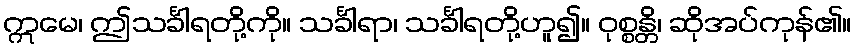
ဣမေ၊ ဤသင်္ခါရတို့ကို။ သင်္ခါရာ၊ သင်္ခါရတို့ဟူ၍။ ဝုစ္စန္တိ၊ ဆိုအပ်ကုန်၏။